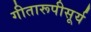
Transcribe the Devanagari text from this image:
गीतारूपीसूर्य